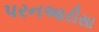
પરનઆરીસા